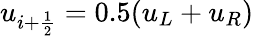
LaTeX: u_{i+\frac{1}{2}}=0.5(u_{L}+u_{R})